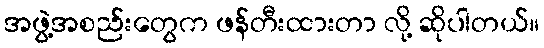
အဖွဲ့အစည်းတွေက ဖန်တီးထားတာ လို့ ဆိုပါတယ်။